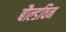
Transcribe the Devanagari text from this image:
बौल्डविन